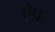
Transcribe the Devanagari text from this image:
ऐफ़